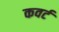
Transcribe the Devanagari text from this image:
कवर्ट